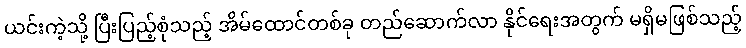
ယင်းကဲ့သို့ ပြီးပြည့်စုံသည့် အိမ်ထောင်တစ်ခု တည်ဆောက်လာ နိုင်ရေးအတွက် မရှိမဖြစ်သည့်